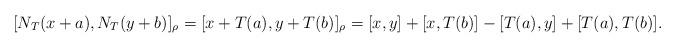
LaTeX: \begin{align*}& [N_T(x+a),N_T(y+b)]_{\rho}= [x+T(a),y+T(b)]_{\rho}=[x,y]+[x,T(b)]-[T(a), y] + [T(a),T(b)].\end{align*}